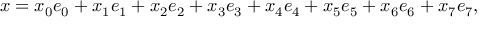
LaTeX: x = x _ { 0 } e _ { 0 } + x _ { 1 } e _ { 1 } + x _ { 2 } e _ { 2 } + x _ { 3 } e _ { 3 } + x _ { 4 } e _ { 4 } + x _ { 5 } e _ { 5 } + x _ { 6 } e _ { 6 } + x _ { 7 } e _ { 7 } ,